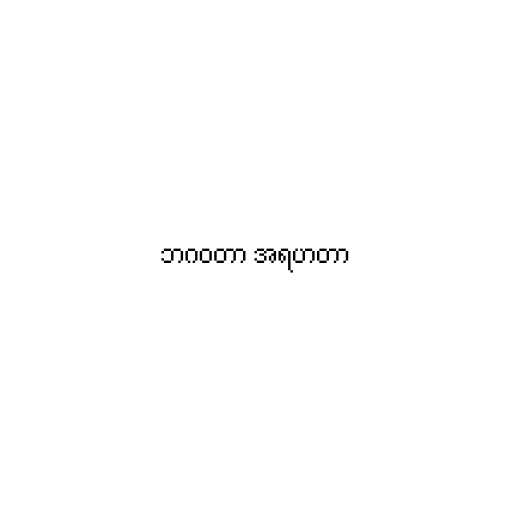
ဘဂဝတာ အရဟတာ